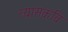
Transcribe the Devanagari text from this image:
व्यासकवि